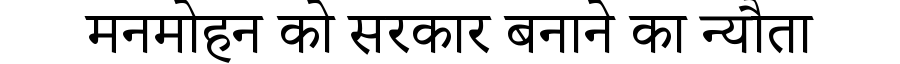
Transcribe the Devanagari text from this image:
मनमोहन को सरकार बनाने का न्यौता